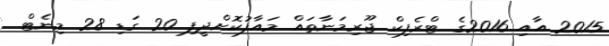
2015 އާއި 2016ގެ ޓްރެފިކް ޖޫރިމަނާތައް މައާފުކޮށްދީފި 20 ގަޑި 28 މިނެޓް